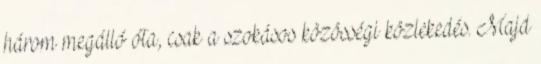
három megálló óta, csak a szokásos közösségi közlekedés. Majd